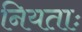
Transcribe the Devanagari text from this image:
नियताः